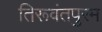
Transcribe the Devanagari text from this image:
तिरूवंतपुरम